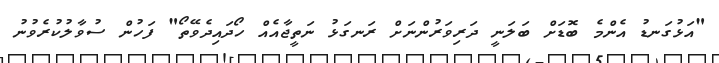
"އަޅުގަނޑު އެންމެ ބޮޑަށް ބަލަނީ ދަރިވަރުންނަށް ރަނގަޅު ނަތީޖާއެއް ހޯދައިދެވޭތޯ" ފަހުން ސުވާލުކުރެވުނު